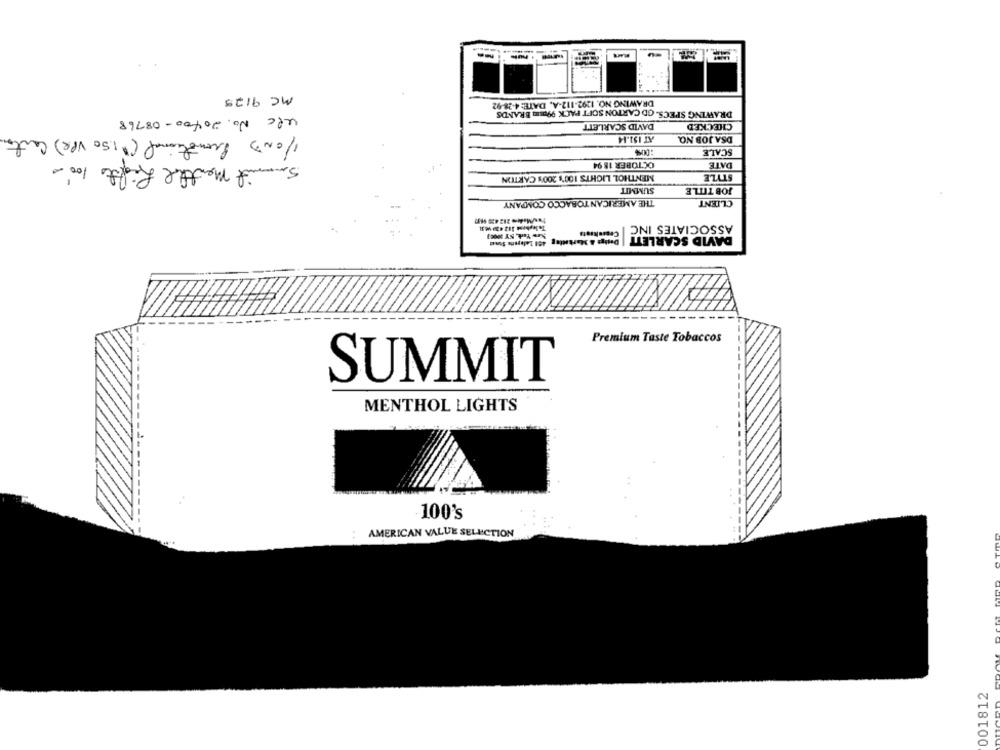
MC 9125
DRAWING NO. 1292-112-A. DATE: 4-28-92
DRAWING SPECS. OD CARTON SOFT PACK 990un BRANDS
Upc No. 20400-08768
DAVID SCARLETT
CHECKED
1/OND Promotional ("1.50 VPR) Carton
AT 151.14
DSA JOB NO.
:00%
SCALE
Summit menthe Lights 100m
OCTOBER 18 94
DATE
MENTHOL LIGHTS 100's 200's CARTON
STYLE
SUMMIT
JOB TITLE
THE AMERICAN TOBACCO COMPANY
CLIENT
Telephone 182 420 1631
CraseReats
ASSOCIATES INC
Deligt & Marketing
DAVID SCARLETT
Premium Taste Tobaccos
SUMMIT
MENTHOL LIGHTS
100's
AMERICAN VALUE SELECTION
001812